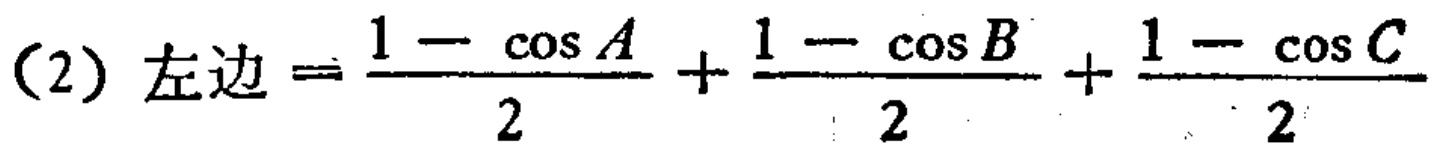
(2) 左边 \(=\frac{1 - \cos A}{2}+\frac{1 - \cos B}{2}+\frac{1 - \cos C}{2}\)